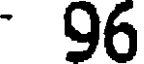
96